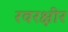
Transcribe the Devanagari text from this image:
रवरक्षीर